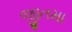
જીતમા